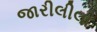
જારીલીલા